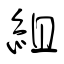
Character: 組